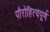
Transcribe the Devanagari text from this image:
पौरोहित्यपूर्ण